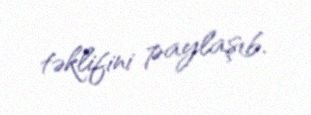
təklifini paylaşıb.